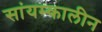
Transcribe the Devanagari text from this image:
सांयम्कालीन